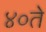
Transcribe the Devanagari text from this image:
४०ते